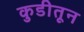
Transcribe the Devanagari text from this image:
कुडीतून